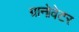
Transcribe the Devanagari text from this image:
ग्रानोवेटर